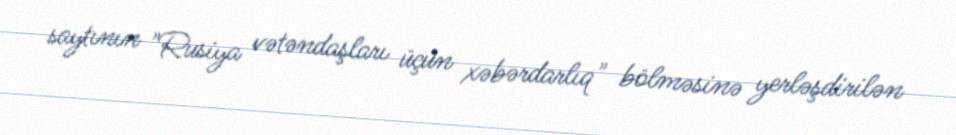
saytının "Rusiya vətəndaşları üçün xəbərdarlıq" bölməsinə yerləşdirilən